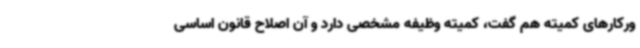
ورکارهای کمیته هم گفت، کمیته وظیفه مشخصی دارد و آن اصلاح قانون اساسی